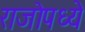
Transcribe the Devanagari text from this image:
राजोपध्ये